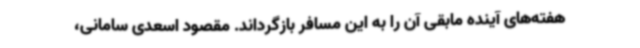
هفته‌های آینده مابقی آن را به این مسافر بازگرداند. مقصود اسعدی سامانی،